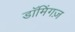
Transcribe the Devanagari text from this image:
डॉमिंगज़